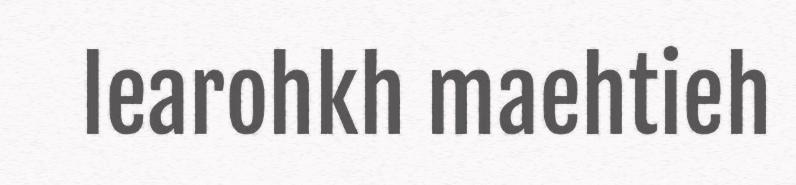
learohkh maehtieh